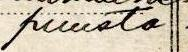
puusta